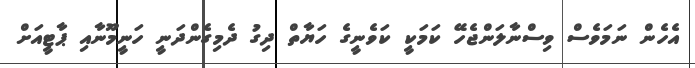
އެހެން ނަމަވެސް ވިސްނާލަންޖެހޭ ކަމަކީ ކަވެނީގެ ހަޔާތް ދިގު ދެމިގެންދަނީ ހަނީމޫނާއި ޕާޓީއަށް